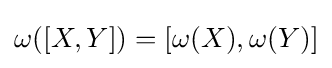
\omega ([X,Y])=[\omega (X),\omega (Y)]